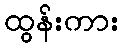
ထွန်းကား